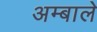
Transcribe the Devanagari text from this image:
अम्बाले